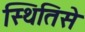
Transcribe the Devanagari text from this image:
स्थितिसे